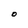
Character: O